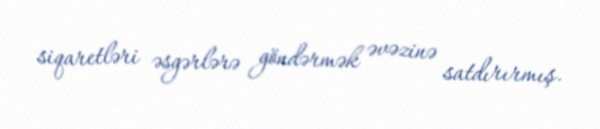
siqaretləri əsgərlərə göndərmək əvəzinə satdırırmış.